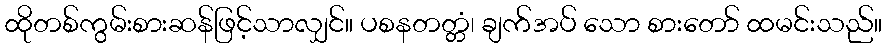
ထိုတစ်ကွမ်းစားဆန်ဖြင့်သာလျှင်။ ပစနတတ္တံ၊ ချက်အပ် သော စားတော် ထမင်းသည်။